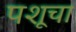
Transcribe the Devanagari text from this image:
पशूचा